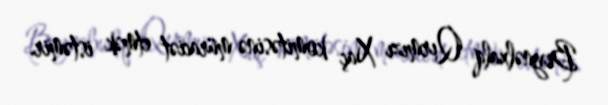
Beynəlxalq Qırmızı Xaç komitəsinə müraciət etmək istəmir.